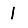
Digit: 1